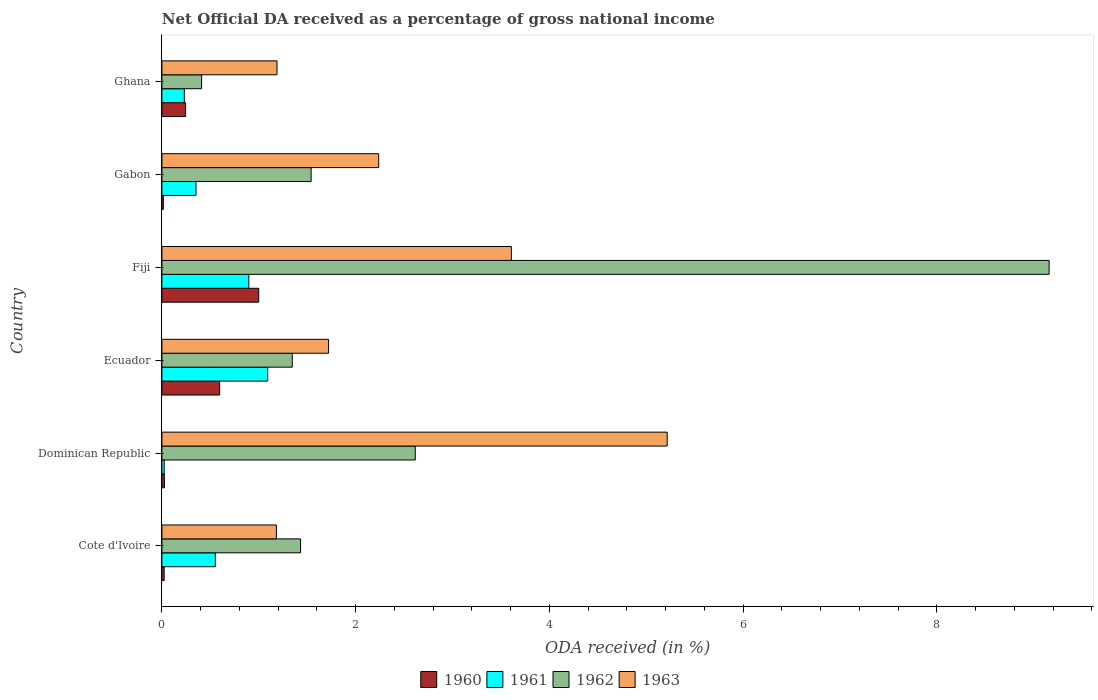
| Country | 1960 | 1961 | 1962 | 1963 |
 | --- | --- | --- | --- | --- |
 | Cote d'Ivoire | 0.0234 | 0.552 | 1.43 | 1.18 |
 | Dominican Republic | 0.0257 | 0.0236 | 2.62 | 5.22 |
 | Ecuador | 0.596 | 1.09 | 1.35 | 1.72 |
 | Fiji | 1 | 0.897 | 9.16 | 3.61 |
 | Gabon | 0.0148 | 0.352 | 1.54 | 2.24 |
 | Ghana | 0.244 | 0.231 | 0.41 | 1.19 |